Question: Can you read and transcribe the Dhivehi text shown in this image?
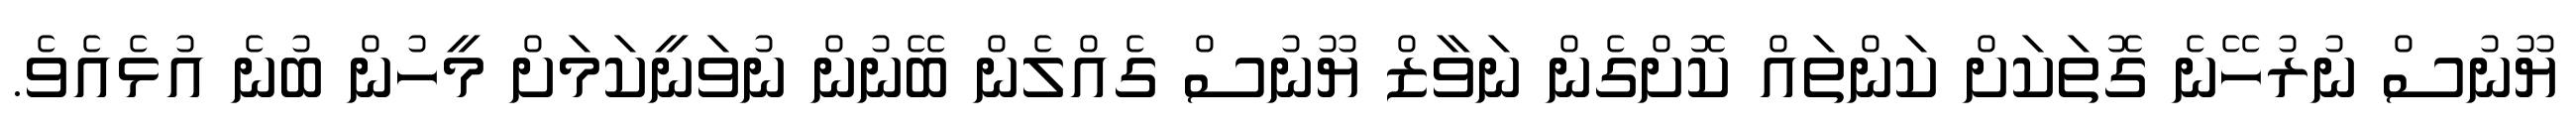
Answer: ޔޫނުސް ނުރުހޭނެ ގޮތަކަށް ކަންތައް ކޮށްގެން ނަވާޒް ޔޫނުސް ގެއްލެން ބޭނުން ނުވަނީކަމަށް މީހުން ބުނެ އުޅެއެވެ.